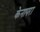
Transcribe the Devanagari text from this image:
केनापरा